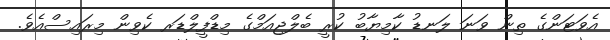
އެވަޓަންގެ ތިން ވަނަ ލަނޑު ކާމިޔާބު ކުރީ ބެލްޖިއަމްގެ މިޑްފީލްޑަރ ކެވިން މިރައިސްއެވެ.